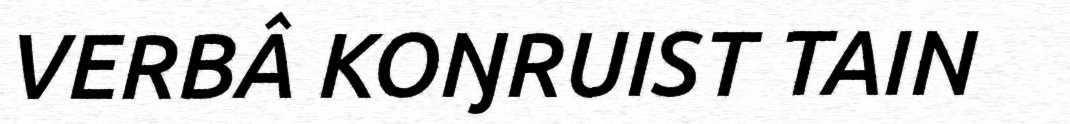
VERBÂ KOŊRUIST TAIN